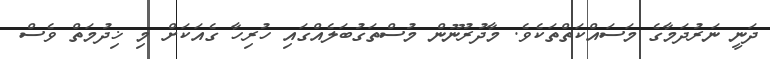
ދަނީ ނަރުދަމާގެ މަސައްކަތްތަކެވެ. މާދުރުނޫން މުސްތަގުބަލެއްގައި ހުރިހާ ގެއަކަށް މި ޚިދުމަތް ވެސް